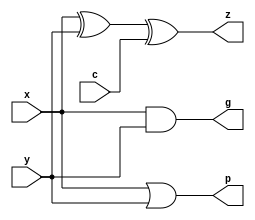
module AC (input x, y, c, output g, p, z);
  assign g = x & y;
  assign p = x | y;
  assign z = (x ^ y) ^ c;
endmodule